Annual administration report of the Civil Veterinary Department of India - 1893-1894
Year: 1893
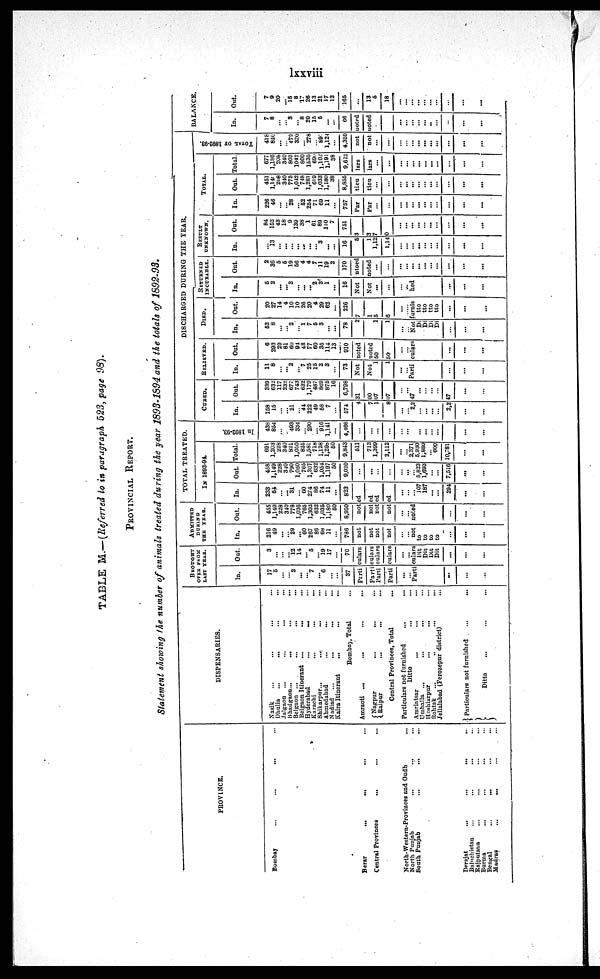
lxxviii
TABLE M.—(Referred to in paragraph 523, page 98).
PROVINCIAL REPORT.
Statement showing the number of animals treated during the year 1893-1894 and the totals of 1892-93.
PROVINCE.
Bombay
...
...
... ...
Berar
...
...
... ...
Central Provinces
... ... ...
North-Western-Provinces and Oudh ...
North Punjab
...
... ...
South Punjab
...
...
...
Derajat
...
...
... ...
Baluchistan ... ... ... ...
Rajputana
...
... ... ...
Burma ... ... ... ...
Bengal
...
...
... ...
Madras
... ... ... ...
DISPENSARIES.
Nasik ... ... ... ...
Dhulia ... ... ... ...
Jalgaon ...
...
...
...
Bhadgaon...
...
...
...
Belgaon ...
...
...
...
Belgaon Itinerant ...
... ...
Hyderabad
...
... ...
Karachi
...
...
...
Shikarpur...
... ... ...
Ahmedabad
...
... ...
Nadiad
...
...
...
...
Kaira Itinerant
... ... ...
Bombay, Total ...
Amraoti ...
...
...
...
Nagpur
...
... ...
Raipur
...
...
...
Central Provinces, Total
...
Particulars not furnished
...
...
Ditto ... ...
Amriatsar
...
...
...
Umballa ... ... ... ...
Hoshiarpur
...
... ...
Rohtak
... ... ... ...
Jellalabad (Ferozepur district)
...
Particulars not furnished
...
...
Ditto
BROUGHT
OVER FROM
LAST YEAR.
In.
17
5
...
... 2
...
... 7
... 6
...
...
37
Out.
3
...
... ... 12
14
... 5
... 19
17
...
70
ADMITTED
DURING
THE
YEAR.
In.
216
49
...
... 29
... 60
267
86
68
11
...
786
Out.
455
1,149
228
340
778
1,036
765
1,302
632
1,035
1,180
50
8,950
TOTAL TREATED.
IN 1893-94.
In.
233
64
...
... 31
... 60
274
86
74
11
...
823
Particulars
not
noted
Particulars
not
noted
Particulars
not
noted
Particulars
not
noted
...
...
...
...
...
...
...
...
Particulars not noted
Ditto
Ditto
Ditto
Ditto
...
...
...
...
...
...
...
...
...
...
...
...
...
...
... 107
187
...
...
294
...
...
Out.
458
1,149
228
340
790
1,050
765
1,307
632
1,054
1,197
50
9,020
...
...
...
...
...
...
... 5,823
1,693
...
...
7,516
...
...
Total.
691
1,203
228
340
821
l,050
... 1,581
718
1,128
1,208
50
9,843
511
713
1,399
2,112
...
... ... 5,930 1,880 ... 600
10,781
...
...
In 1892-93.
438
854
...
... 493
334
... 290
... 916
1,141
...
4,466
...
...
...
...
...
...
...
...
...
...
...
...
...
DISCHARGED DURING THE YEAR.
CURED.
In.
158
15
...
... 21
... 44
222
49
58
7
...
574
Out.
339
632
117
232
677
743
632
1,179
487
869
875
16
6,798
431
700
107
807
...
...
...
...
2,247
...
...
...
...
...
...
...
...
2,247
...
...
...
...
RELIEVED.
In.
11
8
... ... 2
... 7
25
15
2
3
...
73
Out.
6
293
29
81
60
94
48
77
60
35
114
13
910
Not noted
Not noted
150
150
...
...
...
...
DIED.
In.
52
8
... ... 2
... 1
7
5
3
...
...
78
Out.
20
27
14
4
10
10
26
20
4
29
62
...
226
27
1
15
16
...
...
...
...
RETURNED
INCURABLE.
In.
5
2
...
... 3
...
...
... 2
3
1
...
16
Out.
2
36
5
5
19
56
4
4
7
11
19
2
170
Not
noted
Not noted
...
...
...
...
Particulars
Not furnished
Ditto
Ditto
Ditto
Ditto
...
...
...
...
...
...
...
...
...
...
...
...
...
...
...
...
...
...
... ...
...
...
...
...
...
...
...
RESULT
UNKNOWN.
In.
...
13
...
...
...
...
...
...
... 3
...
...
16
Out.
84
152
43
18
9
139
38
1
61
89
110 7
751
53
13
1,127
1,140
...
...
...
...
...
...
...
...
...
...
...
...
...
...
...
...
...
...
...
...
TOTAL.
In.
226
46
...
... 28
... 52
254
71
69
11
...
757
Out.
451
1,141
208
340
775
1,042
748
1,281
619
1,033
1,180
38
8,855
Total.
677
1,186
208
340
803
1042
800
1535
690
1,102
1,191
38
9,612
TOTAL OF 1892-93.
418
846
... ... 479
320
... 278
... 89
1,124
...
4,359
BALANCE.
In.
7
8
...
... 3
.. 8
20
15
5
... ...
66
Particulars
not noted
Particulars
not noted
...
...
...
...
...
...
...
...
...
...
...
...
...
...
...
...
...
...
...
...
...
...
...
...
...
...
...
...
...
...
...
...
...
...
...
...
...
...
...
...
...
...
...
...
...
...
...
...
...
...
...
...
...
...
...
...
...
...
Out.
7
9
20
... 15
8
17
26
13
21
17
12
165
...
13
5
18
...
...
...
...
...
...
...
...
...
...